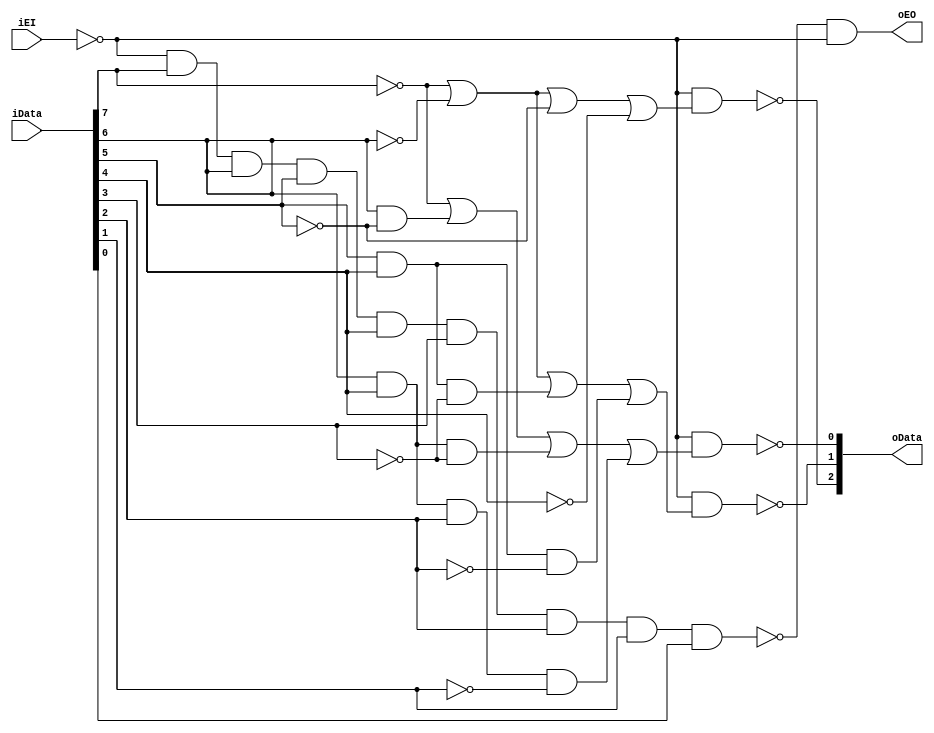
module encoder83_Pri(
    input [7:0] iData,
    input iEI,
    output [2:0] oData,
    output oEO
);
    assign oData[2]=~(~iEI & (~iData[7] | ~iData[6] | ~iData[5] | ~iData[4]));
    assign oData[1]=~(~iEI & (~iData[7] | ~iData[6] | (iData[5] & iData[4] & ~iData[3]) | (iData[5] & iData[4] & ~iData[2])));
    assign oData[0]=~(~iEI & (~iData[7] | (iData[6] & ~iData[5]) | (iData[6] & iData[4] & ~iData[3]) | (iData[6] & iData[4] & iData[2] & ~iData[1])));
    assign oEO=~(~iEI & iData[7] & iData[6] & iData[5] & iData[4] & iData[3] & iData[2] & iData[1] & iData[0]) & ~iEI;
endmodule